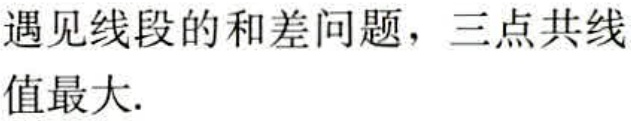
遇见线段的和差问题，三点共线

值最大.